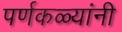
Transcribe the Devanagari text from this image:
पर्णकळ्यांनी